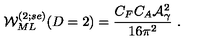
{ \cal W } _ { M L } ^ { ( 2 ; s e ) } ( D = 2 ) = \frac { C _ { F } C _ { A } { \cal A } _ { \gamma } ^ { 2 } } { 1 6 { \pi } ^ { 2 } } \ .